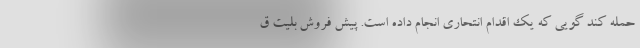
حمله کند گویی که یک اقدام انتحاری انجام داده است. پیش فروش بلیت ق